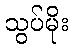
သွပ်မိုး